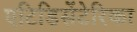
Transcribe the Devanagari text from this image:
एटिडिसेंटेरिका